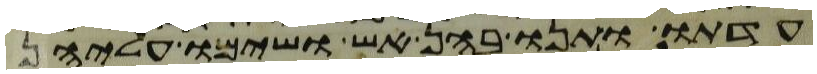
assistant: עדתו ותנו בהן אש ושימו עליהן